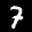
Label: 7